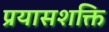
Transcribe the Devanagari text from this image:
प्रयासशक्ति